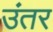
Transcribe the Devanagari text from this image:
उंतर